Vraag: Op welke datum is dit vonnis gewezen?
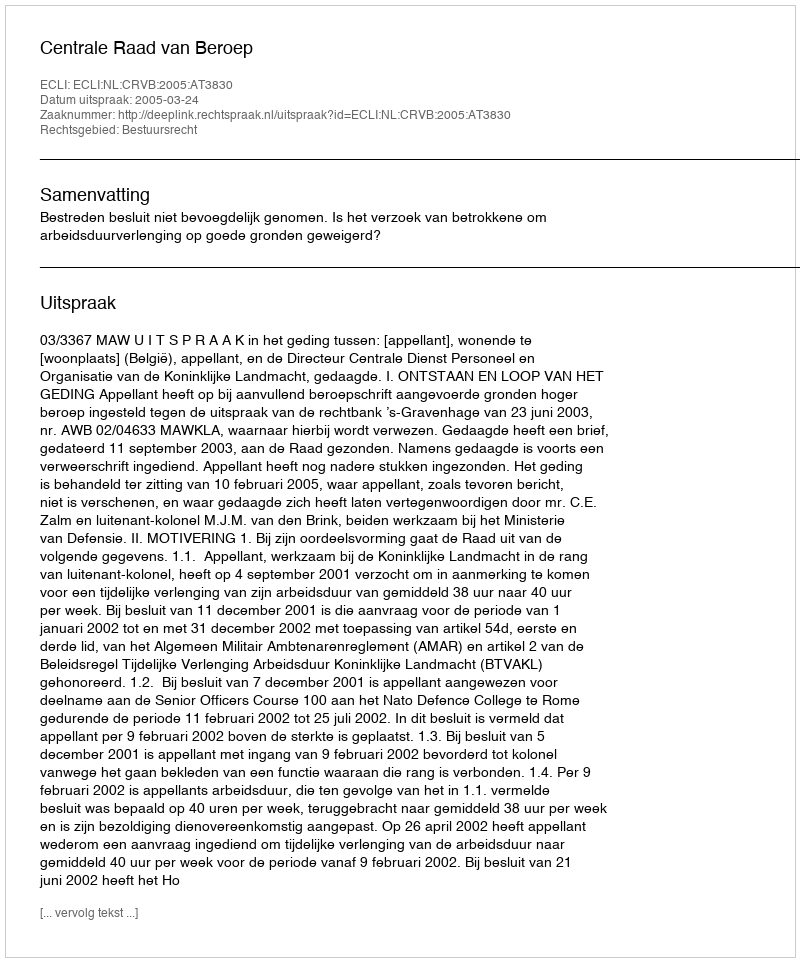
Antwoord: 2005-03-24